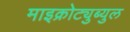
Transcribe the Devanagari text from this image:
माइक्रोट्युब्युल